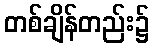
တစ်ချိန်တည်း၌